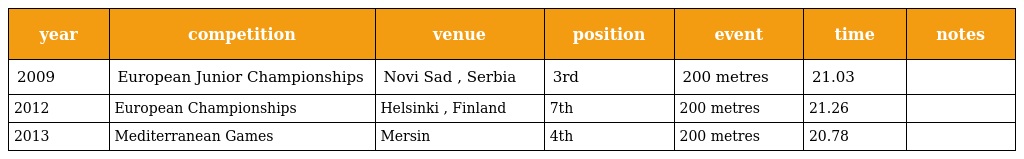
| year | competition | venue | position | event | time | notes |
 | --- | --- | --- | --- | --- | --- | --- |
 | 2009 | European Junior Championships | Novi Sad , Serbia | 3rd | 200 metres | 21.03 |  |
 | 2012 | European Championships | Helsinki , Finland | 7th | 200 metres | 21.26 |  |
 | 2013 | Mediterranean Games | Mersin | 4th | 200 metres | 20.78 |  |